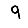
Digit: 9